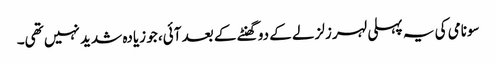
سونامی کی یہ پہلی لہر زلزلے کے دو گھنٹے کے بعد آئی، جو زیادہ شدید نہیں تھی۔